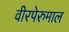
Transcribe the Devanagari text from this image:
वीरपेरुमाल